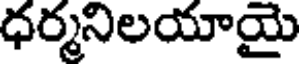
ధర్మనిలయాయై